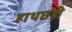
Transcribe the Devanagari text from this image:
हाथछड़ी